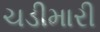
ચડીમારી